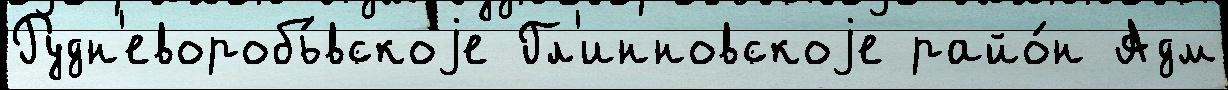
Рудн'еворобь́вскоjе Гл'инновскоjе райо́н Адм